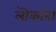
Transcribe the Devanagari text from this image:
लॊकांना